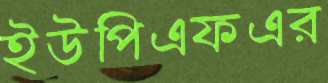
ইউপিএফএর